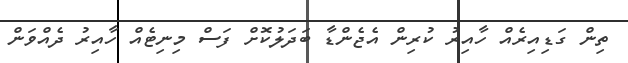
ތިން ގަޑިއިރެއް ހާއިރު ކުރިން އެޖެންޑާ ބަދަލުކޮށް ފަސް މިނިޓެއް ހާއިރު ދެއްވަން